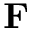
\textbf { F }